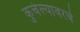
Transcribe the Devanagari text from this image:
कुचंल्यावरचे